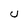
Character: U